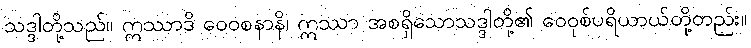
သဒ္ဒါတို့သည်။ ဣဿာဒိ ဝေဝစနာနိ၊ ဣဿာ အစရှိသောသဒ္ဒါတို့၏ ဝေဝုစ်ပရိယာယ်တို့တည်း။